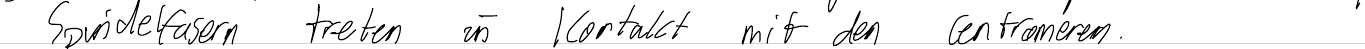
Spindelfasern treten in Kontakt mit den Centromeren.